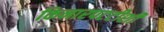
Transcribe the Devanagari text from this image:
किनारपटटीशी